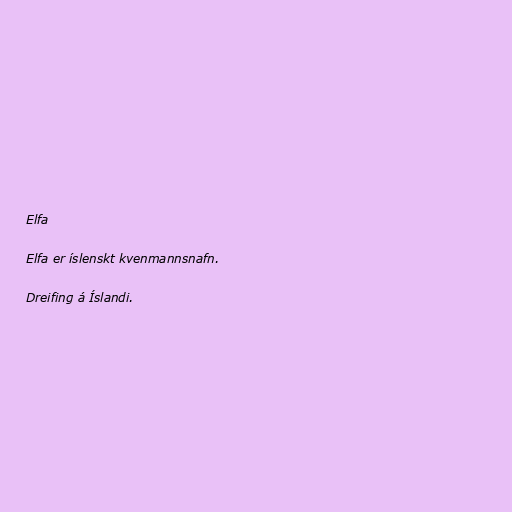
Elfa

Elfa er íslenskt kvenmannsnafn.

Dreifing á Íslandi.